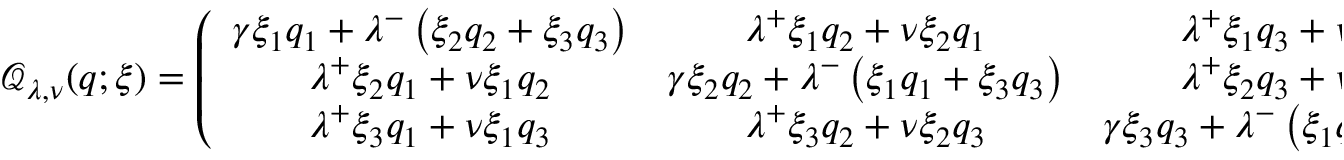
\mathcal { Q } _ { \lambda , \nu } ( q ; \xi ) = \left( \begin{array} { c c c } { \gamma \xi _ { 1 } q _ { 1 } + \lambda ^ { - } \left( \xi _ { 2 } q _ { 2 } + \xi _ { 3 } q _ { 3 } \right) } & { \lambda ^ { + } \xi _ { 1 } q _ { 2 } + \nu \xi _ { 2 } q _ { 1 } } & { \lambda ^ { + } \xi _ { 1 } q _ { 3 } + \nu \xi _ { 3 } q _ { 1 } } \\ { \lambda ^ { + } \xi _ { 2 } q _ { 1 } + \nu \xi _ { 1 } q _ { 2 } } & { \gamma \xi _ { 2 } q _ { 2 } + \lambda ^ { - } \left( \xi _ { 1 } q _ { 1 } + \xi _ { 3 } q _ { 3 } \right) } & { \lambda ^ { + } \xi _ { 2 } q _ { 3 } + \nu \xi _ { 3 } q _ { 2 } } \\ { \lambda ^ { + } \xi _ { 3 } q _ { 1 } + \nu \xi _ { 1 } q _ { 3 } } & { \lambda ^ { + } \xi _ { 3 } q _ { 2 } + \nu \xi _ { 2 } q _ { 3 } } & { \gamma \xi _ { 3 } q _ { 3 } + \lambda ^ { - } \left( \xi _ { 1 } q _ { 1 } + \xi _ { 2 } q _ { 2 } \right) } \end{array} \right) ,